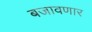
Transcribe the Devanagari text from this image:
बजावणार